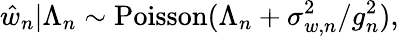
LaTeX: \hat{w}_{n}|\Lambda_{n}\sim\mathrm{Poisson}(\Lambda_{n}+\sigma_{w,n}^{2}/g_{n}^{2}),